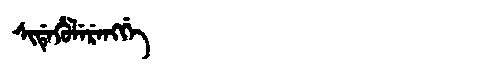
Manchu: ᠰᡳᡩᡝᡥᡠᠯᡝᡵᡝᠩᡤᡝ
Romanization: SIDEHULERENGGE